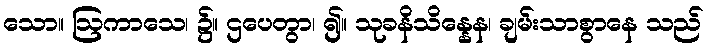
သော။ ဩကာသေ၊ ၌။ ဌပေတွာ၊ ၍။ သုခနိသိန္နေန၊ ချမ်းသာစွာနေ သည်